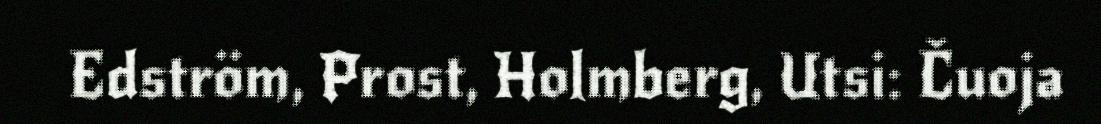
Edström, Prost, Holmberg, Utsi: Čuoja